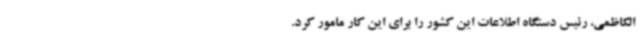
الکاظمی، رئیس دستگاه اطلاعات این کشور را برای این کار مامور کرد.